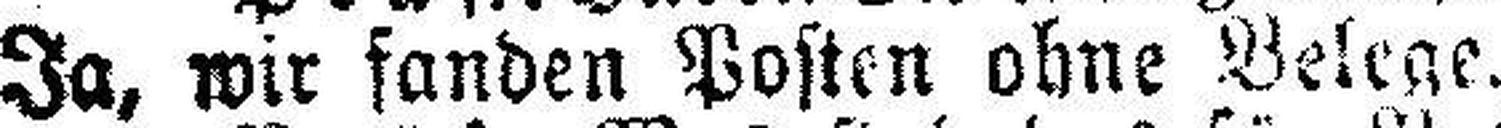
Ja, wir fanden Posten ohne Belege.